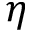
\eta